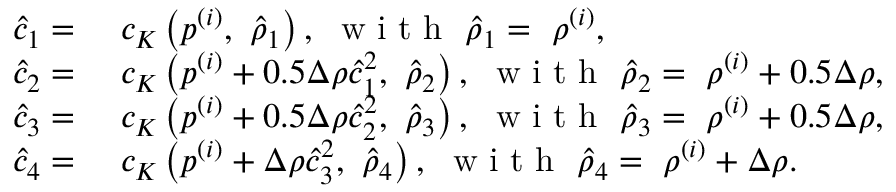
\begin{array} { r l } { \hat { c } _ { 1 } = } & { { } ~ c _ { K } \left( p ^ { ( i ) } , ~ \hat { \rho } _ { 1 } \right) , ~ \mathrm { ~ w ~ i ~ t ~ h ~ } ~ \hat { \rho } _ { 1 } = ~ \rho ^ { ( i ) } , } \\ { \hat { c } _ { 2 } = } & { { } ~ c _ { K } \left( p ^ { ( i ) } + 0 . 5 \Delta \rho \hat { c } _ { 1 } ^ { 2 } , ~ \hat { \rho } _ { 2 } \right) , ~ \mathrm { ~ w ~ i ~ t ~ h ~ } ~ \hat { \rho } _ { 2 } = ~ \rho ^ { ( i ) } + 0 . 5 \Delta \rho , } \\ { \hat { c } _ { 3 } = } & { { } ~ c _ { K } \left( p ^ { ( i ) } + 0 . 5 \Delta \rho \hat { c } _ { 2 } ^ { 2 } , ~ \hat { \rho } _ { 3 } \right) , ~ \mathrm { ~ w ~ i ~ t ~ h ~ } ~ \hat { \rho } _ { 3 } = ~ \rho ^ { ( i ) } + 0 . 5 \Delta \rho , } \\ { \hat { c } _ { 4 } = } & { { } ~ c _ { K } \left( p ^ { ( i ) } + \Delta \rho \hat { c } _ { 3 } ^ { 2 } , ~ \hat { \rho } _ { 4 } \right) , ~ \mathrm { ~ w ~ i ~ t ~ h ~ } ~ \hat { \rho } _ { 4 } = ~ \rho ^ { ( i ) } + \Delta \rho . } \end{array}